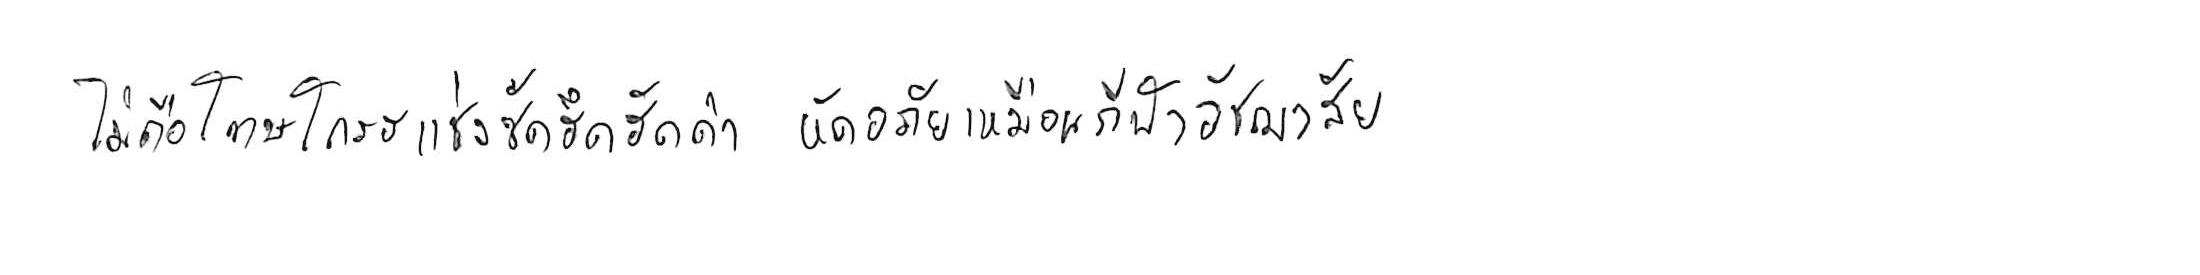
ไม่ถือโทษโกรธแช่งซัดฮึดฮัดด่า หัดอภัยเหมือนกีฬาอัชฌาสัย